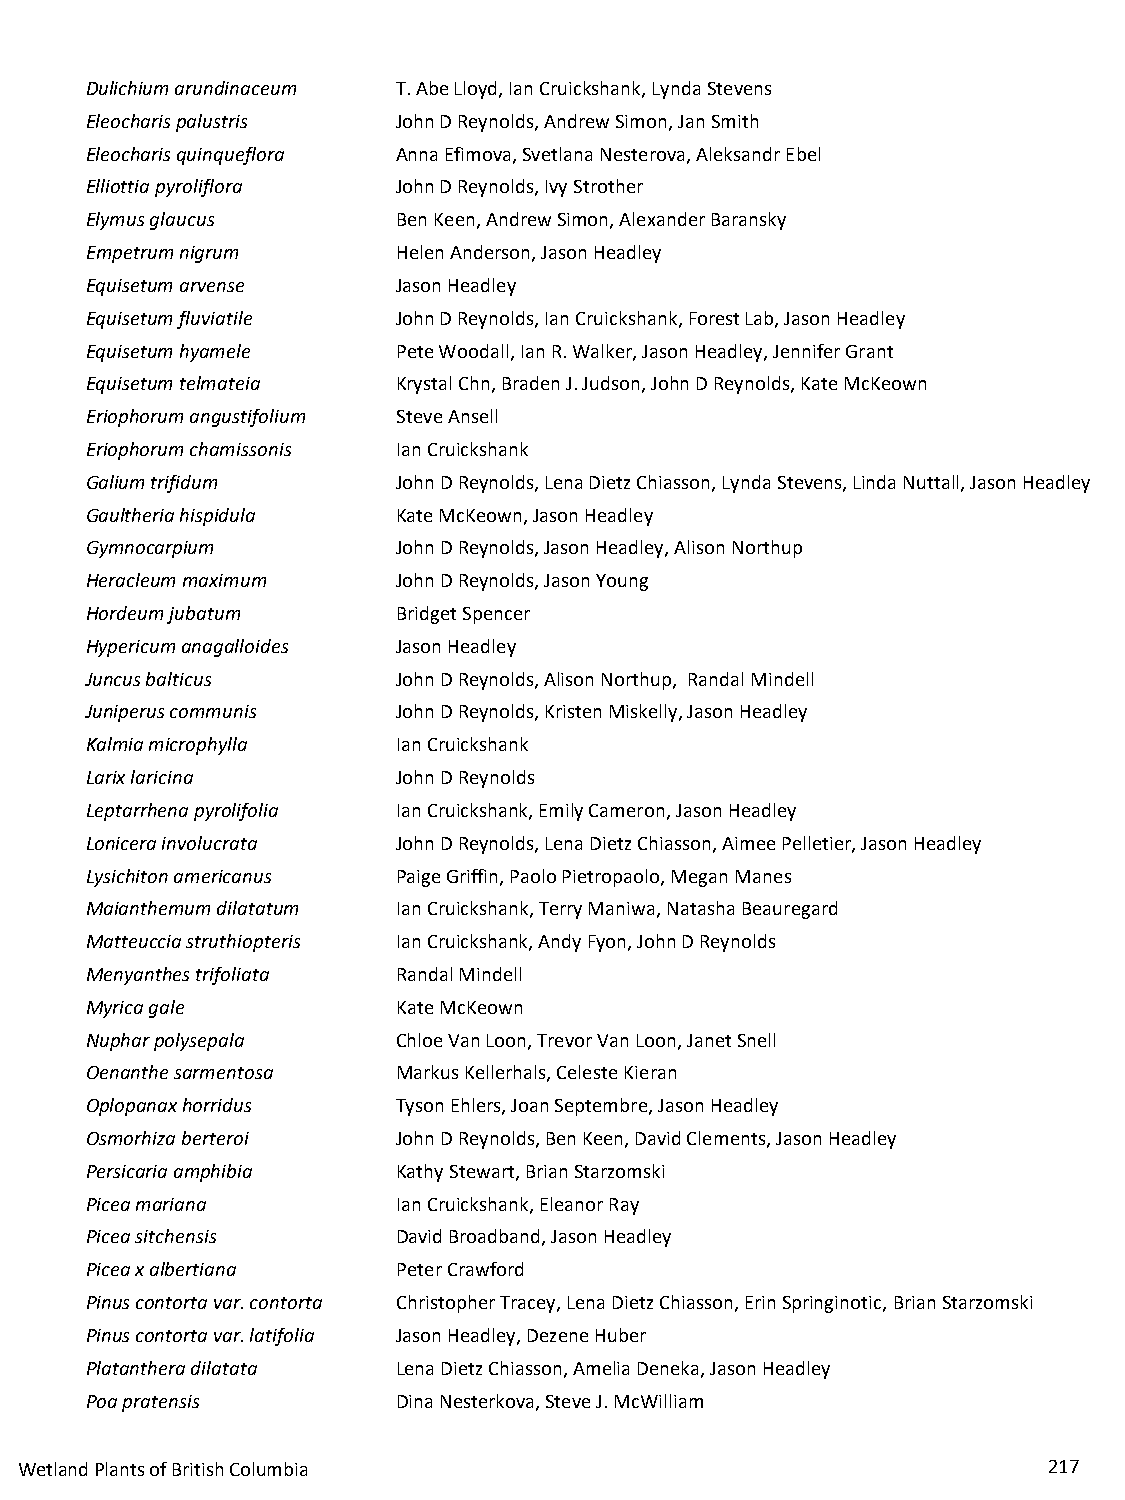
Dulichium arundinaceum T.Abe Lloyd, Ian Cruickshank, Lynda Stevens
 Eleocharis palustris John D Reynolds, Andrew Simon, Jan Smith
 Eleocharis quinqueflora Anna Efimova, Svetlana Nesterova, Aleksandr Ebel
 Elliottia pyroliflora John D Reynolds, Ivy Strother
 Elymus glaucus      Ben Keen, Andrew Simon, Alexander Baransky
 Empetrum nigrum     Helen Anderson, Jason Headley
 Equisetum arvense   Jason Headley
 Equisetum fluviatile John D Reynolds, Ian Cruickshank, Forest Lab, Jason Headley
 Equisetum hyamele   Pete Woodall, Ian R. Walker, Jason Headley, Jennifer Grant
 Equisetum telmateia Krystal Chn, Braden J. Judson, John D Reynolds, Kate McKeown
 Eriophorum angustifolium Steve Ansell
 Eriophorum chamissonis Ian Cruickshank
 Galium trifidum     John D Reynolds, Lena Dietz Chiasson, Lynda Stevens, Linda Nuttall, Jason Headley
 Gaultheria hispidula Kate McKeown, Jason Headley
 Gymnocarpium        John D Reynolds, Jason Headley, Alison Northup
 Heracleum maximum   John D Reynolds, Jason Young
 Hordeum jubatum     Bridget Spencer
 Hypericum anagalloides Jason Headley
 Juncus balticus     John D Reynolds, Alison Northup, Randal Mindell
 Juniperus communis  John D Reynolds, Kristen Miskelly, Jason Headley
 Kalmia microphylla  Ian Cruickshank
 Larix laricina      John D Reynolds
 Leptarrhena pyrolifolia Ian Cruickshank, Emily Cameron, Jason Headley
 Lonicera involucrata John D Reynolds, Lena Dietz Chiasson, Aimee Pelletier, Jason Headley
 Lysichiton americanus Paige Griffin, Paolo Pietropaolo, Megan Manes
 Maianthemum dilatatum Ian Cruickshank, Terry Maniwa, Natasha Beauregard
 Matteuccia struthiopteris Ian Cruickshank, Andy Fyon, John D Reynolds
 Menyanthes trifoliata Randal Mindell
 Myrica gale         Kate McKeown
 Nuphar polysepala   Chloe Van Loon, Trevor Van Loon, Janet Snell
 Oenanthe sarmentosa Markus Kellerhals, Celeste Kieran
 Oplopanax horridus  Tyson Ehlers, Joan Septembre, Jason Headley
 Osmorhiza berteroi  John D Reynolds, Ben Keen, David Clements, Jason Headley
 Persicaria amphibia Kathy Stewart, Brian Starzomski
 Picea mariana       Ian Cruickshank, Eleanor Ray
 Picea sitchensis    David Broadband, Jason Headley
 Picea x albertiana  Peter Crawford
 Pinus contorta var. contorta Christopher Tracey, Lena Dietz Chiasson, Erin Springinotic, Brian Starzomski
 Pinus contorta var. latifolia Jason Headley, Dezene Huber
 Platanthera dilatata Lena Dietz Chiasson, Amelia Deneka, Jason Headley
 Poa pratensis       Dina Nesterkova, Steve J. McWilliam
 Wetland Plants of British Columbia                                  217